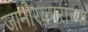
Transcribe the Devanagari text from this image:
जानोरकारांच्या